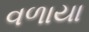
વળાયા